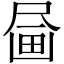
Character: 𪽗